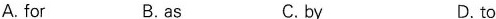
A.for B.as C.by D.to